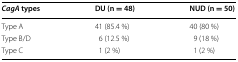
| CagA types | DU (n = 48) | NUD (n = 50) |
 | --- | --- | --- |
 | Type A | 41 (85.4 %) | 40 (80 %) |
 | Type B/D | 6 (12.5 %) | 9 (18 %) |
 | Type C | 1 (2 %) | 1 (2 %) |